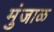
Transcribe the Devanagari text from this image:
मुंजाळ